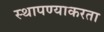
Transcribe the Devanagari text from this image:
स्थापण्याकरता